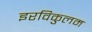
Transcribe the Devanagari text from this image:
इरविकुलम